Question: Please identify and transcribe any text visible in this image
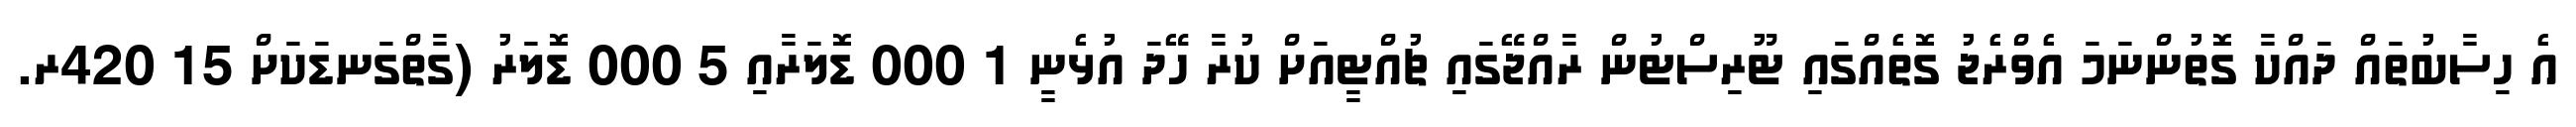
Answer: އެ ހިސާބުތައް ދައްކާ ގޮތުންނަމަ އެވްރެޖު ގޮތެއްގައި ޓޫރިސްޓުން ރާއްޖޭގައި ޗުއްޓީއަށް ކުރާ ހޭދަ އުޅެނީ 1 000 ޑޮލަރާއި 5 000 ޑޮލަރު (ގާތްގަނޑަކަށް 15 420ރ.